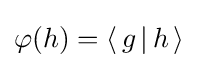
\varphi (h)=\langle \,g\,|\,h\,\rangle